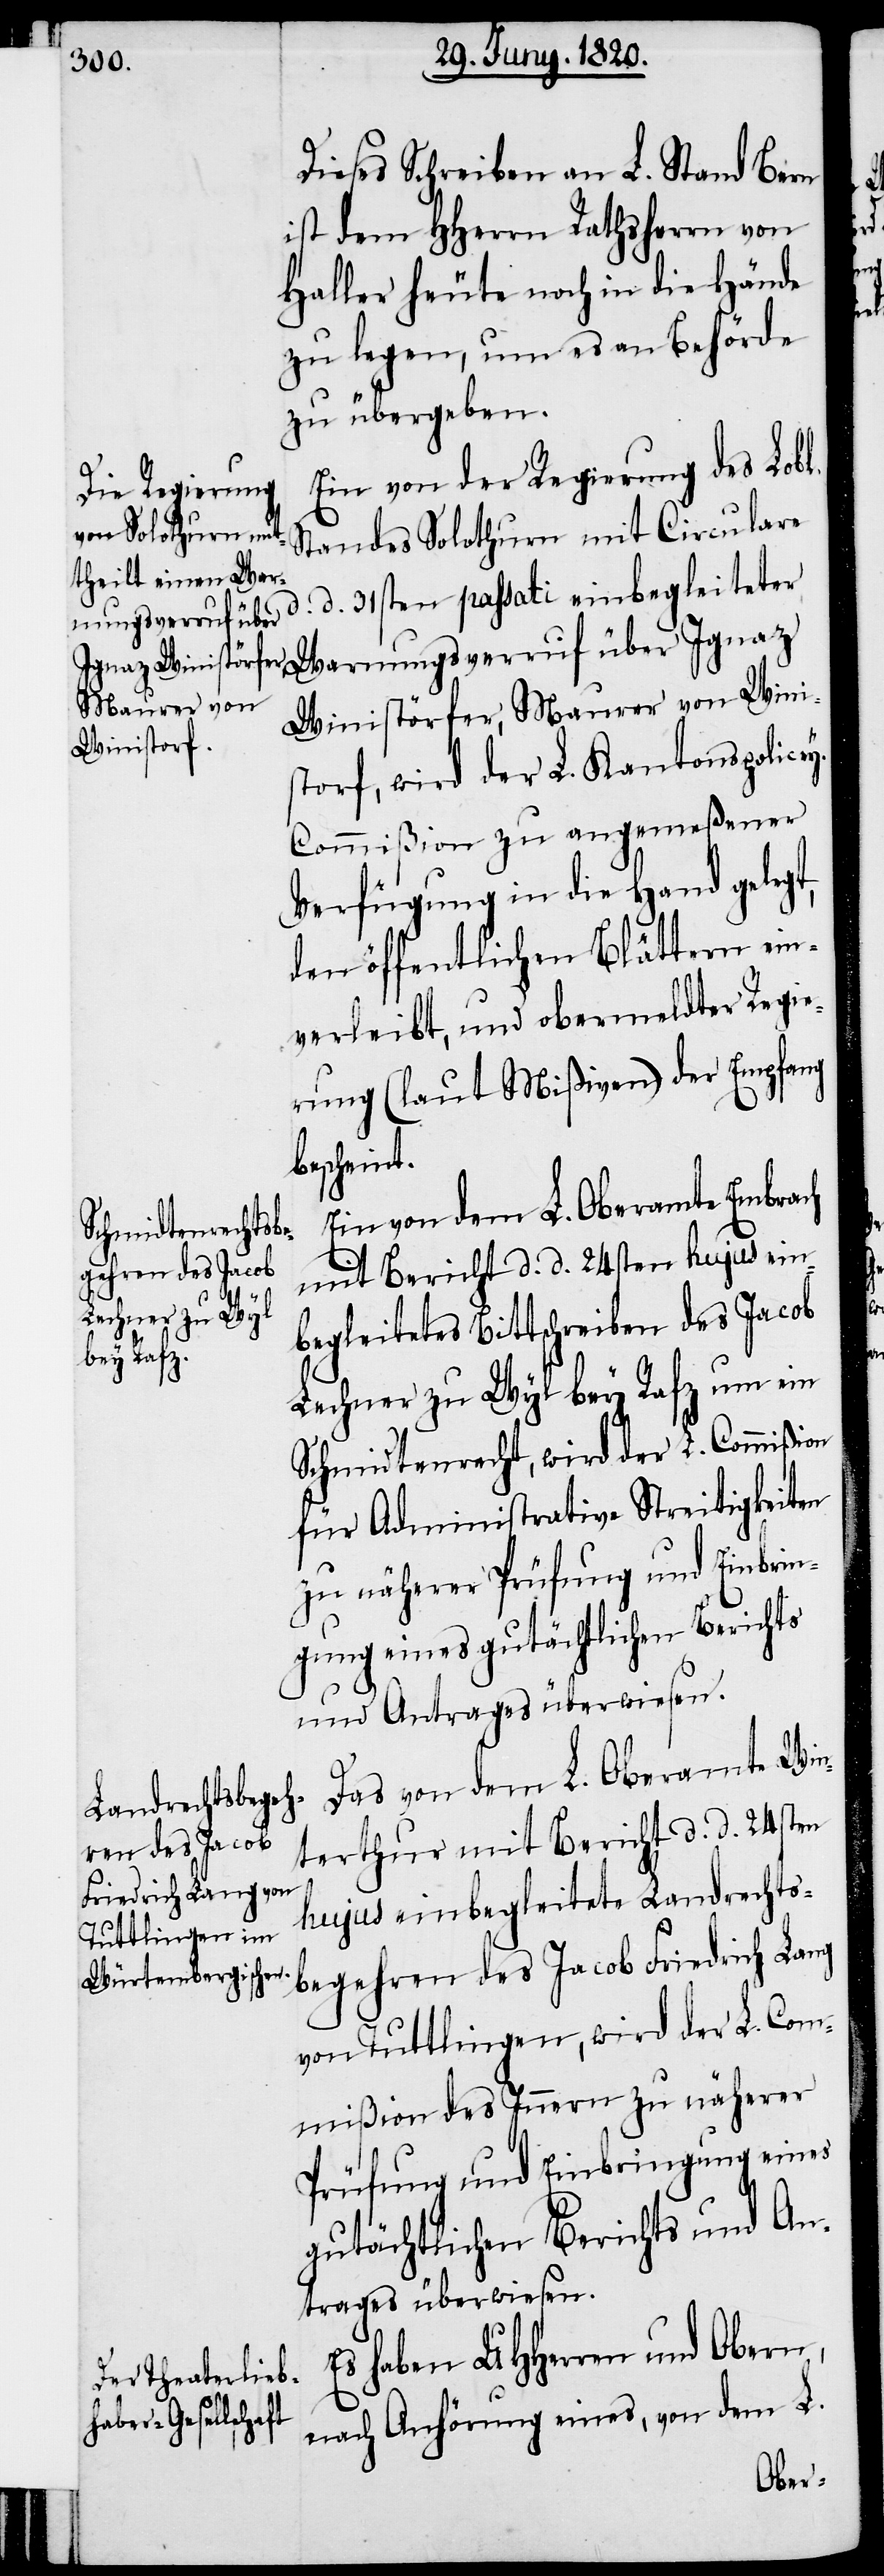
Dieses Schreiben an L. Stand Bern
ist dem Hherrn Rathsherrn von
Haller heute noch in die Hände
zu legen, um es an Behörde
zu übergeben.
Ein von der Regierung des Lobl.
Standes Solothurn mit Circulare
d. d. 31sten passati einbegleiteter
Warnungsverruf über
Winistörfer, Maurer von Wini¬
storf, wird der L. Kantonspolice¬
y-Commißion zu angemeßener
Verfügung in die Hand gelegt,
den öffentlichen Blättern ein¬
verleibt, und obermeldter Regie¬
rung (laut Mißiven) der Empfang
bescheint.
Ein von dem L. Oberamte Embrach
mit Bericht d. d. 24sten hujus ein¬
begleitetes Bittschreiben des Jacob
Lehner zu Wyl bey Rafz um ein
Schmidtenrecht, wird der L. Commißion
für Administrative Streitigkeiten
zu näherer Prüfung und Einbrin¬
gung eines gutächtlichen Berichts
und Antrages überwiesen.
Das von dem L. Oberamte Win¬
terthur mit Bericht d. d. 24sten
hujus einbegleitete Landrechts¬
begehren des Jacob Friedrich Lang
von Tuttlingen, wird der L. Com¬
mißion des Innern zu näherer
Prüfung und Einbringung eines
gutächtlichen Berichts und An¬
trages überwiesen.
Es haben UHHerren und Obern,
nach Anhörung eines, von dem L.